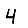
Digit: 4